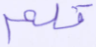
قلم